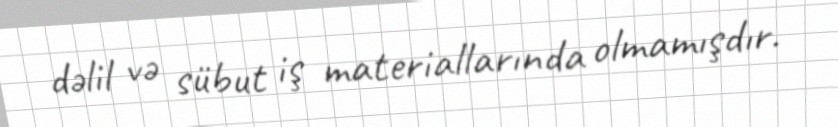
dəlil və sübut iş materiallarında olmamışdır.